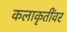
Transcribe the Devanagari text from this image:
कलाकृतींवर